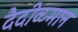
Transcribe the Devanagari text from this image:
दैदीव्य्मान